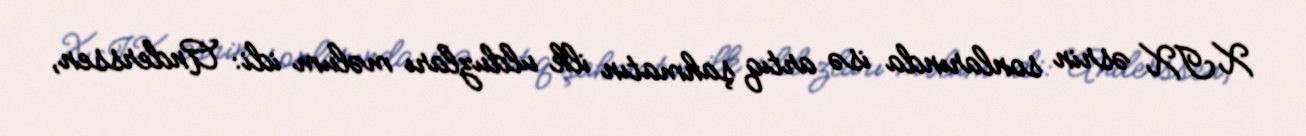
XIX əsrin sonlarında isə artıq şahmatın ilk ulduzları məlum idi: Anderssen,